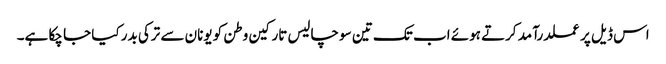
اس ڈیل پر عملدرآمد کرتے ہوئے اب تک تین سو چالیس تارکین وطن کو یونان سے ترکی بدر کیا جا چکا ہے۔